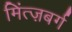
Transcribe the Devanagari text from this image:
मिंत्ज़बर्ग